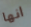
انها